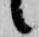
候